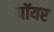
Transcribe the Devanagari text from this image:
पॉयर